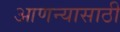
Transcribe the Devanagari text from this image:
आणन्यासाठी